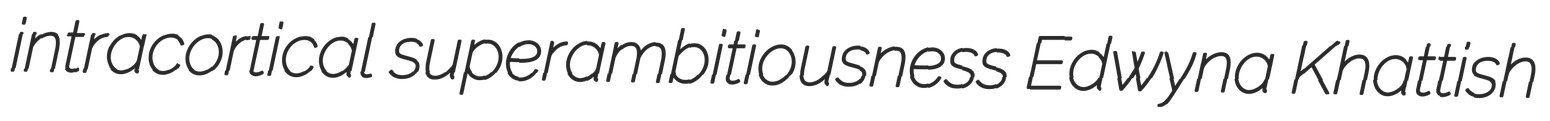
intracortical superambitiousness Edwyna Khattish